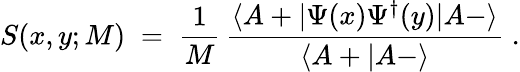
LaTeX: S(x,y;M)\; =\; \frac{1}{M}\, \frac{\langle A+|\Psi(x)\Psi^{\dagger}(y)|A-\rangle}{\langle A+|A-\rangle}\; .